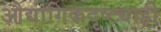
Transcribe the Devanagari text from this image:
औद्यागिकदृष्ट्याही